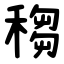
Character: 䅳